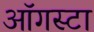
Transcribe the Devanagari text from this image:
ऑगस्‍टा